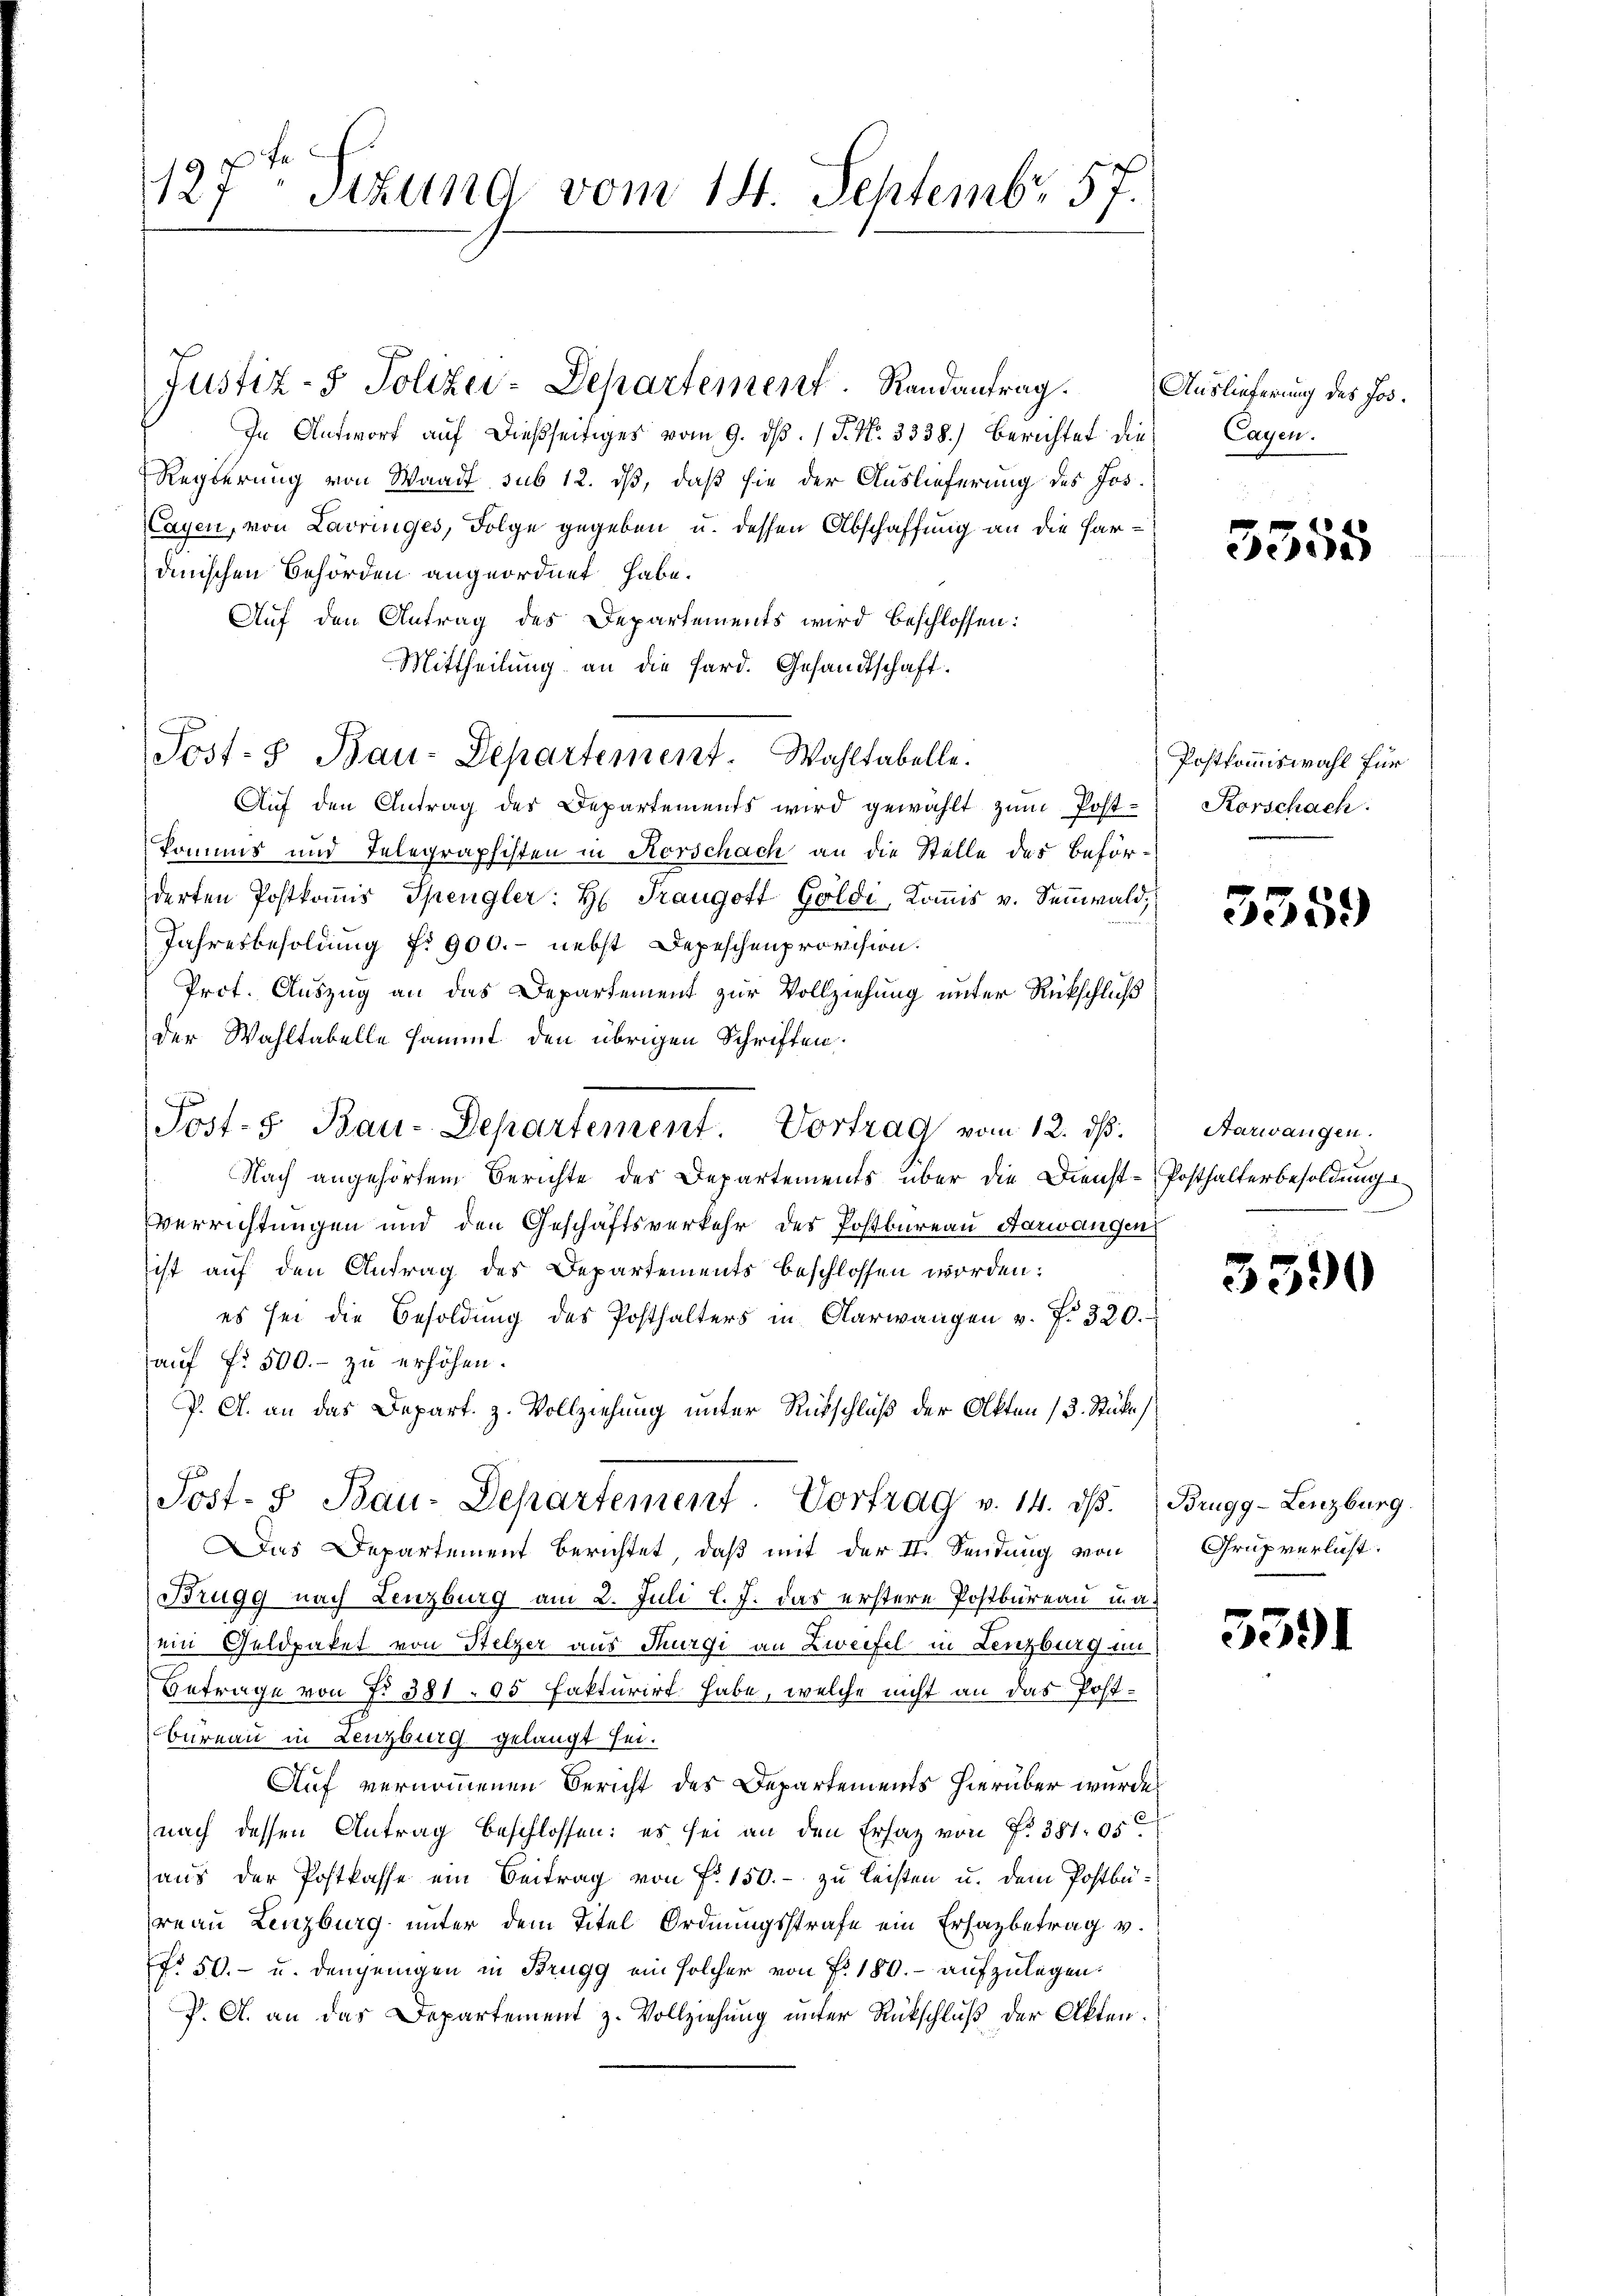
127. Stund vom 14. Septembr 57.

In Antwort auf dießseitiges vom 9. d. J. N. 3338.) Berichtet die
Regierung von Waadt sub 12. dß, daß sie der Auslieferung des Jos.
Cayen, von Lavringes, Folge gegeben u. dessen Abschaffung an die Hardinischen Behörden angeordnet habe.
Auf den Antrag des Departements wird beschlossen:
Mittheilung an die Ferd. Gesandtschaft.
Aŭf den Antrag des Departements wird gewählt zŭm Post-Korschach:
komms und Telegraphisten in Korschach an die Stelle des Beförderten Postkoṁis Spengler: H. Traugott Goldi, Kommis v. Sennwald,
Jahresbesoldung No 900.- nebst Depeschenprovision.
Prot. Auszug an das Departement zur Vollziehung unter Rückschluß
der Wahltabelle sammt den übrigen Schriften.
r
Nach angehörtem Berichte des Departements über die Dienst¬
Verrichtungen und den Geschäftsverkehr des Postbureau, Aarwangen
ist auf den Antrag des Departements beschlossen worden:
es sei die Besoldŭng des Posthalters in Aarwangen v. f. 320.
auf fr. 500.- zu erhöhen.
P. A. an das Depart. Z. Vollziehung unter Rückschluß der Akten 13. Stücke
Post- & Bau-Departement. Vortrag v. 14. ds.
Das Departement berichtet, daß mit der II. Sendung von
Brugg nach Lenzburg am 2. Juli l. J. das erstere Postbureau in a
ein Geldpaket von Stelzer aus Thurgi an Zweifel in Lenzburg in
Betrage von No 381. 05 Fakturirt habe, welche nicht an das Post¬
Bureau in Lenzburg gelangt sei.
Auf vernommenen Bericht des Departements hierüber wurde
nach dessen Antrag beschlossen: es sei an den Ersatz von Fr. 381. 05
aus der Postkasse ein Beitrag von Fr. 150.- zu leisten u. dem Postbüreau Lenzburg unter dem Titel Ordnungsstrafe ein Erhazbetrag v.
No 50.- u. denjenigen in Brugg ein solcher von P. 180. aufzulegen.
P. A. an das Departement z. Vollziehung unter Rückschluß der Akten.

Post- & Bau-Departement. Wahltabelle.

Justiz- & Polizei-Departement. Randantrag. Auslieferung des Hor¬

Jost- Bau-Departement. Vortrag vom 12. ds.

Cagen.

5355

Postkommiswahl für

3359

Aarwangen.
Posthalterbesoldung

3590

Brugg-Lenzburg.
Grüpverlust.

5591